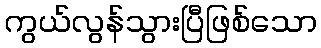
ကွယ်လွန်သွားပြီဖြစ်သော